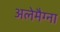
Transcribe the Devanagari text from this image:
अलेमैग्ना